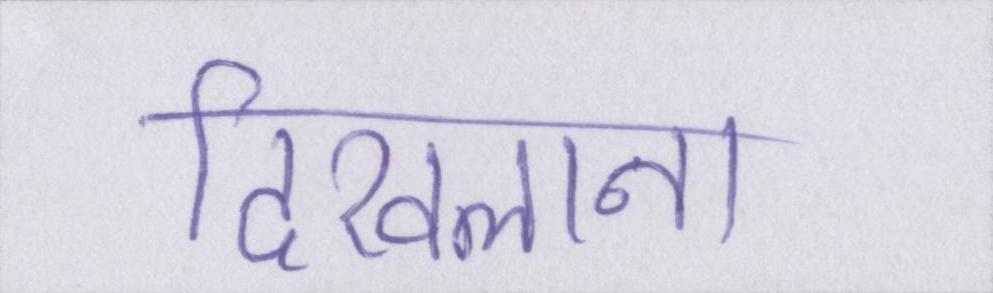
दिखलाना